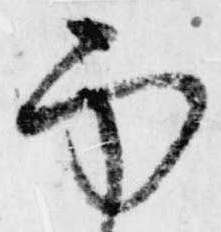
面